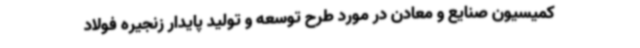
کمیسیون صنایع و معادن در مورد طرح توسعه و تولید پایدار زنجیره فولاد